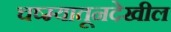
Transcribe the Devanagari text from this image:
चष्म्यातूनदेखील